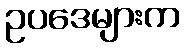
ဥပဒေများက